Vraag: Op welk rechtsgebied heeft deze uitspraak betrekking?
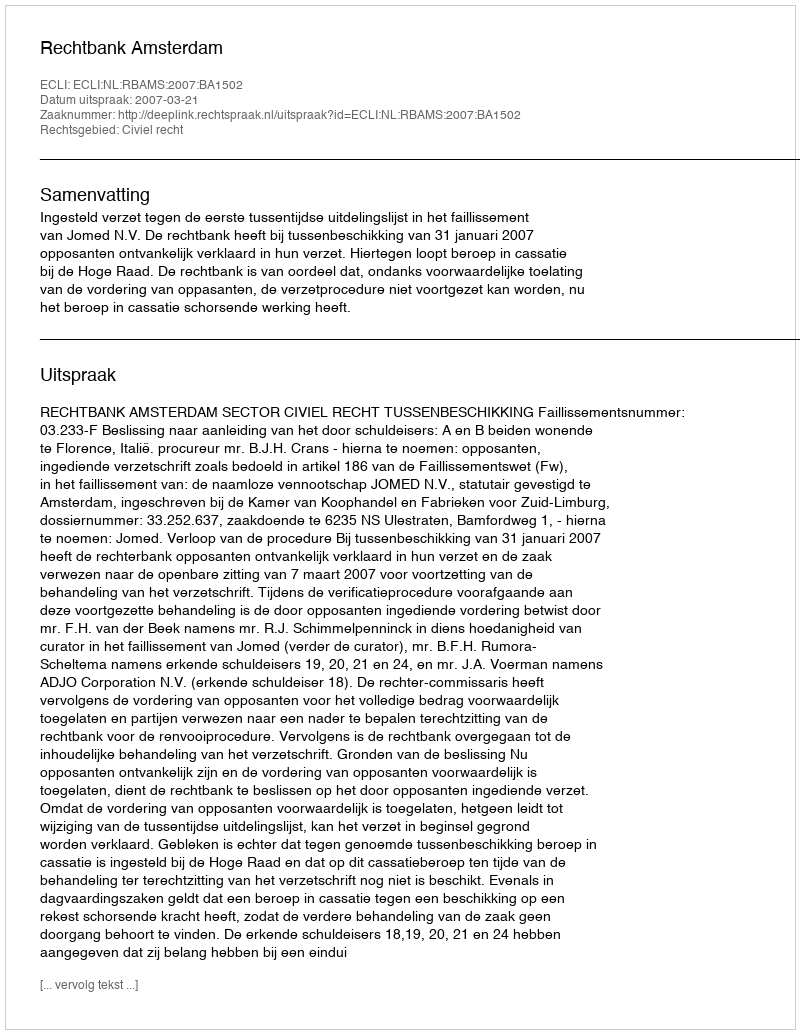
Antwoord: Civiel recht